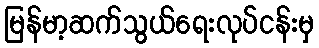
မြန်မာ့ဆက်သွယ်ရေးလုပ်ငန်းမှ